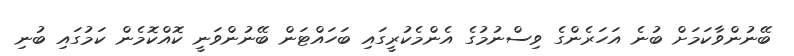
ބޭނުންވާކަމަށް ބުނެ އަހަރެންގެ ވިސްނުމުގެ އެންމެކުރީގައި ބަހައްޓަން ބޭނުންވަނީ ކޮއްކޮމެން ކަމުގައި ބުނި